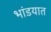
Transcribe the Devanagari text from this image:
भांडयात